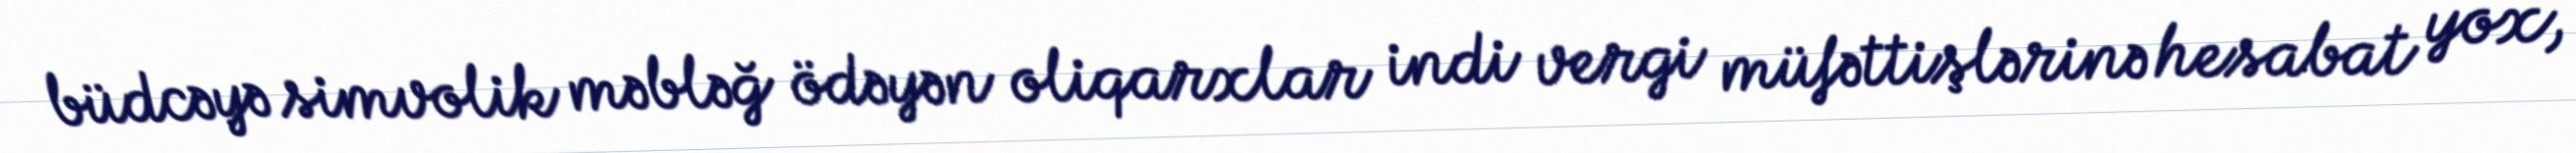
büdcəyə simvolik məbləğ ödəyən oliqarxlar indi vergi müfəttişlərinə hesabat yox,